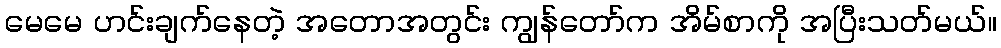
မေမေ ဟင်းချက်နေတဲ့ အတောအတွင်း ကျွန်တော်က အိမ်စာကို အပြီးသတ်မယ်။